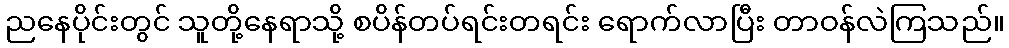
ညနေပိုင်းတွင် သူတို့နေရာသို့ စပိန်တပ်ရင်းတရင်း ရောက်လာပြီး တာဝန်လဲကြသည်။